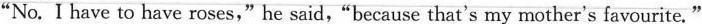
"No. I have to have roses," he said."because that's my mother's favourite."